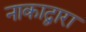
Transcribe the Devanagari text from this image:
नाकाद्वारा